[Report on the health of British troops in the Madras command]
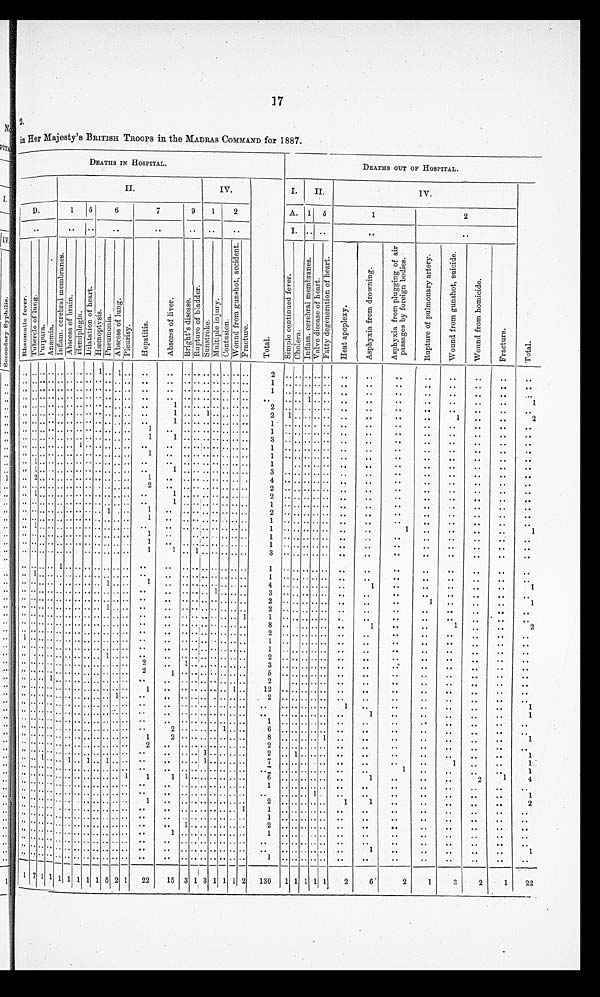
17
in Her Majesty's BRITISH TROOPS in the MADRAS COMMAND for 1887.
DEATHS IN HOSPITAL.
DEATHS OUT OF HOSPITAL.
II.
IV.
T o t a l .
I.
II.
IV.
T o t a l .
D .
1
5
6
7
9
1
2
A.
1
5
1
2
. .
. .
. .
. .
. .
. .
. .
. .
I .
. .
. .
. .
. .
R h e u m a t i c f e v e r . T u b e r c l e o f l u n g . P u r p u r a . A n æ m i a . I n f l a m . c e r e b r a l m e m b r a n c e s . A b s c e s s o f b r a i n . H e m i p l e g i a .
D i l a t a t i o n o f h e a r t .
H æ m o p t y s i s . P n e u m o n i a . A b s c e s s o f l u
P l e u r i s y .
H e p a t i t i s .
A b s c e s s o f l i v e r .
B r i g h t ' s d i s e a s e .
R e p t u r e o f b l a d d e r .
S u n s t r o k e . M u l t i p l e i n j u r y .
C o n t u s i o n .
W o u n d f r o m g u n s h o t , a c c i d e n t . F r a c t u r e .
S i m p l e c o n t i n u e d f e v e r . C h o l e r a . I n f l a m . c e r e b r a l m e m b r a n c e s . V a l v e d i s e a s e o f h e a r t . F a t t y d e g e n e r a t i o n o f h e a r t .
H e a t a p o p l e x y .
A s p h y x i a f r o m d r o w n i n g .
A s p h y x i a f r o m p l u g g i n g o f a i r p a s s a g e s b y f o r e i g n b o d i e s .
R u p t u r e o f p u l m o n a r y a r t e r y .
W o u n d f r o m g u n s h o t , s u i c i d e .
W o u n d f r o m h o m i c i d e .
F r a c t u r e .
..
. . . . . . . . . . . . . . 1 . . 1 . .
. .
. .
. . . . . . . . . . . . . .
2
. . . . . . . . ..
. .
. .
. .
. .
. .
. .
. .
. .
..
. . . . . . . . . . . . . . . . . . . . . .
. .
. .
. . . . . . . . . . . . . .
1
. . . . . . . . ..
. .
. .
. .
. .
. .
. .
. .
. .
..
. . . . . . . . . . . . . . . . . . . . . .
. .
. .
. . . . . . . . . . . . . .
1
. . . . . . . . ..
. .
. .
. .
. .
. .
. .
. .
. . .
..
. . . . . . . . . . . . . . . . . . . . . .
. .
. .
. . . . . . . . . . . . . .
. .
. . . . 1 . . ..
. .
. . ..
. .
. .
. .
. .
1
..
. . . . . . . . . . . . . . . . . . . . . .
. .
1
. . . . . . . . . . . . . .
2
. . . . . . . .
.. ..
. .
. .
. .
. .
. .
. .
. .
..
. . . . . . . . . . . . . . . . . . . . . .
. .
1
. . . . 1 . . . . . . . .
2
1 . . . . . .
.. ..
. .
. .
. .
1
. .
. .
2
..
. . . . . . . . . . . . . . . . . . . . . .
. .
1
. . . . . . . . . . . . . .
1
. . . . . . . .
.. ..
. . ..
. .
. .
. .
. .
. .
..
. . . . . . . . . . . . . . . . . . . . . .
1
. .
. . . . . . . . . . . . . .
1
. . . . . . . .
.. ..
. .
. .
. .
. .
. .
. .
. .
..
. . . . . . . . . . . . . . . . . . . . . .
1
1
. . . . . . . . . . . . . .
3
. . . . . . . .
.. ..
. .
. .
. .
. .
. .
. .
. .
..
. . . . . . . . . . 1 . . . . . . . . . .
. .
. .
. . . . . . . . . . . . . .
1
. . . . . . . .
.. ..
. .
. .
. .
. .
. .
. .
. .
..
. . . . . . . . . . . . . . . . . . . . . .
1
. .
. . . . . . . . . . . . . .
1
. . . . . . . .
.. ..
. .
. .
. .
. .
. .
. .
. .
..
1 . . . . . . . . . . . . . . . . . . . .
. .
. .
. . . . . . . . . . . . . .
1
. . . . . .
.. ..
. .
. .
. .
. .
. .
. .
. .
..
1 . . . . . . . . . . . . . . . . . . . .
. .
1
. . . . . . . . . . . . . .
3
. . . . . . . .
.. ..
. .
. .
. .
. .
. .
. .
. .
..
2 . . . . . . . . . . . . . . . . . . . .
1
. .
. . . . . . . . . . . . .
4
. . . . . . . .
.. ..
. .
. .
. .
. .
. .
. .
. .
..
. . . . . . . . . . . . . . . . . . . . . .
2
. .
. . . . . . . . . . . . . .
2
. . . . . . . .
.. ..
. .
. .
. .
. .
. .
. .
. .
..
1 . . . . . . . . . . . . . . . . . . . .
. .
1
. . . . . . . . . . . . . .
2
. . . . . . . .
.. ..
. . ..
. .
. .
. .
. .
. .
..
. . . . . . . . . . . . . . . . . . . . . .
. .
1 ..
. . . . . . . . . . . .
1
. . . . . . . .
.. ..
. .
.
.
. .
. .
. .
. .
. .
. . . . . . . . . . . . . . . . . . 1 . . .
1
. .
. . . . . . . . . . . . . .
2
. . . . . . . .
.. ..
. .
. .
. .
. .
. .
. .
. .
. .
. . . . . . . . . . . . . . . . . . . . . .
1
. .
. . . . . . . . . . . . . .
1
. . . . . . . .
.. ..
. .
. .
. .
. .
. .
. .
. .
..
1 . . . . . . . . . . . . . . . . . . . .
. .
. .
. . . . . . . . . . . . . .
1
. . . . . . . .
.. ..
. .
1
. .
. .
. .
. .
1
..
. . . . . . . . . . . . . . . . . . . . . .
1
. .
. . . . . . . . . . . .
1
. . . . . . . .
.. ..
. .
. .
. .
. .
. .
. .
. .
..
. . . . . . . . . . . . . . . . . . . . . .
1
. .
. . . . . . . . . . . . . .
1
. . . . . . . .
.. ..
. .
. .
. .
. .
. .
. .
. .
..
. . . . . . . . . . . . . . . . . . . . .
1
1
. . 1 . . . . . . . . . .
3
. . . . . . . .
.. ..
. .
. .
. .
. .
. .
. .
. .
..
. . . . . . 1 . . . . . . . . . . . . . .
. .
. .
. . . . . . . . . . . . . .
1
. . . . . . . .
.. ..
. .
. .
. .
. .
. .
. .
. .
..
1 . . . . . . . . . . . . . . . . . . . .
. .
. .
. . . . . . . . . . . . . .
1
. . . . . . . .
.. ..
. .
. .
. .
. .
. .
. .
. .
..
. . . . . . . . . . . . . . . . 1 . . . .
1
. .
. . . . . . . . . . . . ..
4
. . . . . . . . ..
. .
1
. .
. .
. .
. .
. .
1
..
. . . . . . . . . . . . . . . . . . . . . .
. .
. .
. . . . . . 1
. . . . . .
3
. . . . . . . .
.. ..
. .
. .
. .
. .
. .
. .
. .
..
. . . . . . . . . . . . . . . . . . . . . .
. .
. .
. . . . . . . . . . . . . .
2
. . . . . . . .
.. ..
. .
..
1
. .
. .
. .
1
..
. . . . . . . . . . . . . . . . 1 . . . .
. .
. .
. . . . . . . . . . . . . .
2
. . . . . . . .
.. ..
. .
. .
. .
. .
. .
. .
. .
..
. . . . . . . . . . . . . . . . . . . . . .
. .
. .
. . . . . . . . . . . . 1
1
. . . . . . . .
.. ..
. .
. .
. .
. .
. .
. .
. .
..
. . . . . . . . . . . . . . . . . . . . . .
. .
. .
. . . . . . . . . . . . . .
8
. . . . . . .
.. ..
1
. .
. .
1
. .
. .
2
..
. . . . . . . . . . . . . . . . . . . . . .
. .
. .
. . . . . . . . . . . . . .
2
. . . . . . . .
.. ..
. .
. .
. .
. .
. .
. .
. .
1
. . . . . . . . . . . . . . . . . . . . . .
. .
. .
. . . . . . . . . . . . . .
1
. . . . . . . . ..
. .
. .
..
. .
. .
. .
. .
. .
..
. . . . . . . . . . . . . . . . . . . . . .
. .
. .
. . . . . . . . . . . . . .
1
. . . . . . . . ..
. .
. .
. .
. .
. .
. .
. .
. .
..
. . . . . . . . . . . . . . . 1 . . . .
. .
. .
. . . . . . . . . . . . . .
2
. . . . . . . .
.. ..
. .
. .
. .
. .
. .
. .
. .
. .
. . . . . . . . . . . . . . . . . . . . . . 2
. .
1 . . . . . . . . . . . .
3
. . . . . . . .
.. ..
. .
. .
. .
. .
. .
. .
. .
..
. . . . . . . . . . . . . . . . . . . . . . 2
1
. . . . . . . . . . . . . .
5
. . . . . . . .
.. ..
. .
. .
. .
. .
. .
. .
. .
..
. . . . 1 . . . . . . . . . . . . . . . .
. .
. .
. . . . . . . . . . . . . .
2
. . . . . . . ...
. .
. .
. .
. .
. .
. .
. .
. .
..
. . . . . . . . . . . . . . . . . . . . . .
1
. .
. . . . . . . . . . 1 . .
12
. . . . . . . . ..
. .
. .
. .
. .
. .
. .
. .
. .
..
. . . . . . . . . . . . . . . . . . 1 . .
. .
. .
. . . . . . . . . . . . . .
2
. . . . . . . .
.. ..
. .
..
. .
. .
. .
. .
. .
. .
. . . . . . . . . . . . . . . . . . . . . .
. .
. .
. . . . . . . . . . . . . .
. .
. . . . . . . .
..
1
. .
. .
. .
. .
. .
. .
1
..
. . . . . . . . . . . . . . . . . . . . . .
. .
. .
. . . . . . . . . . . . . .
. .
. . . . . . . .
..
. .
1
. .
. .
. .
. .
. .
1
..
. . . . . . . . . . . . . . . . . . . . . .
. .
. .
. . . . . . . . . . . . . .
1
. . . . . . . .
..
. .
. .
. .
. .
. .
. .
. .
. .
..
. . . . . . . . . . . . . . . . . . . . . .
. .
2
. . . . . . . . 1 . . . .
6
. . . . . . . .
..
. .
. .
. .
. .
. .
. .
. .
. .
..
. . . . . . . . . . . . . . . . . . . . . .
1
2
. . . . . . . . . . . . . .
8
. . . . . . . .
1
. .
. .
. .
. .
. .
. .
. .
1
..
. . . . . . . . . . . . . . . . . . . . . .
2
. .
. . . . . . . . . . . . . .
2
. . . . . . . .
..
. .
. .
. .
. .
. .
. .
. .
. .
..
. . . . . . . . . . . . . . . . . . . . . .
. .
. .
. . . . 1 . . . . . . . .
2
. . 1 . . . . ..
. .
. .
. .
. .
. .
. .
. .
1
. .
. . 1 . . . . 1 . . 1 . . 1 . . . . . .
. .
. . . . 1 . . . . . . . .
7
. . . . . . . .
.. ..
. .
..
. .
1
. .
. .
1
. .
. . . . . . . . . . . . . . . . . . . . . .
. .
. .
. . . . . . . . . . . . . .
. .
. . . . . . . .
.. ..
. .
1
. .
. .
. .
. .
1
. .
. . . . . . . . . . . . . . . . . . . . 1
1
1
1 . . . . . . . . . . . .
6
. . . . . . . .
.. ..
1
. .
. .
. .
2
1
4
. .
. . . . . . . . . . . . . . . . . . . . . .
. .
. .
. . . . . . . . . . . . . .
1
. . . . . . . .
.. ..
. .
. .
. .
. .
. .
. .
. .
. .
. . . . . . . . . . . . . . . . . . . . . .
. .
. .
. . . . . . . . . . . . . .
. .
. . . . . . . . ..
. .
. .
. .
. .
. .
. .
. .
1
. .
. . . . . . . . . . . . . . . . . . . . . .
1
. .
. . . . . . . . . . . . . .
2
. . . . . . . . ..
1
1
. .
. .
. .
. .
. .
2
. .
. . . . . . . . . . . . . . . . . . . . . .
. .
. .
. . . . . . . . . . . . 1
1
. . . . . . . .
..
. .
. .
. .
. .
. .
. .
. .
. .
. .
. . . . . . . . . . . . . . . . . . . . . .
. .
. .
. . . . . . . . . . . . . .
1
. . . . . . . .
..
. .
. .
. .
. .
. .
. .
. .
. .
..
. . . . . . . . . . . . . . . . . . . . . .
. .
. .
1 . . . . . . . . . . . .
2
. . . . . . . .
..
. .
. .
. .
. .
. .
. .
. .
. .
..
. . . . . . . . . . . . . . . . . . . . . .
. .
1
. . . . . . . . . . . . . .
1
. . . . . . . .
..
. .
. .
. .
. .
. .
. .
. .
. .
. .
. . . . . . . . . . . . . . . . . . . . . .
. .
. .
. . . . . . . . . . . . . .
. .
. . . . . . . .
..
. .
. .
. .
. .
. .
. .
. .
. .
..
. . . . . . . . . . . . . . . . . . . . . .
. .
. .
. . . . . . . . . . . . . .
. .
. . . . . . . .
..
. .
1
. .
. .
. .
. .
. .
1
..
. . . . . . . . . . . . . .
. . . . . . . .
. .
. .
. . . . . . . . . . . . . .
1
. . . . . . . .
..
. .
. .
. .
. .
. .
. .
. .
. .
1
7 1 1 1 1 1 1 1 5
2
1
22
15 3 1 3 1 1 1 2
130
1 1 1 1 1
2
6
2
1
3
2
1
22